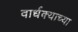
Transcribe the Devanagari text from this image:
वार्धक्याच्या